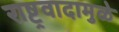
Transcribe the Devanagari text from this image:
राष्ट्रवादामुळे